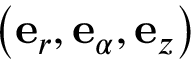
\left( \mathbf { e } _ { r } , \mathbf { e } _ { \alpha } , \mathbf { e } _ { z } \right)